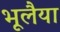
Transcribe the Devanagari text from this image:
भूलैया